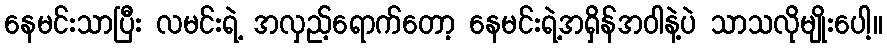
နေမင်းသာပြီး လမင်းရဲ့ အလှည့်ရောက်တော့ နေမင်းရဲ့အရှိန်အဝါနဲ့ပဲ သာသလိုမျိုးပေါ့။